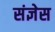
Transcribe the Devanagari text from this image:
संज्ञेस